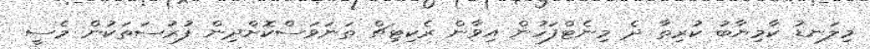
މިލަނޑު ކާމިޔާބު ކުރިތާ ދެ މިނެޓްފަހުން އިވާން ރެކިޓިޗް ތަނަވަސްކޮށްދިން ފުރުސަތަކުން މެސީ